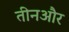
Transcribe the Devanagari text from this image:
तीनऔर